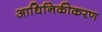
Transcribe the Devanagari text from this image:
आधिनिकीकरण